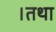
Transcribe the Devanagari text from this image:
।तथा